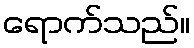
ရောက်သည်။